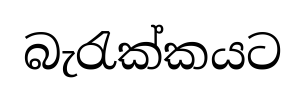
බැරැක්කයට